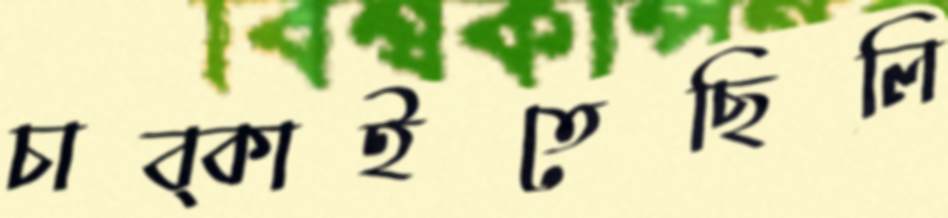
চাব্‌কাইতেছিলি